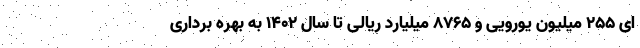
ای ۲۵۵ میلیون یورویی و ۸۷۶۵ میلیارد ریالی تا سال ۱۴۰۲ به بهره برداری